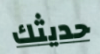
حديثك